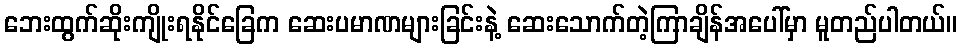
ဘေးထွက်ဆိုးကျိုးရနိုင်ခြေက ဆေးပမာဏများခြင်းနဲ့ ဆေးသောက်တဲ့ကြာချိန်အပေါ်မှာ မူတည်ပါတယ်။